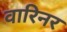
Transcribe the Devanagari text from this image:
वारिनर